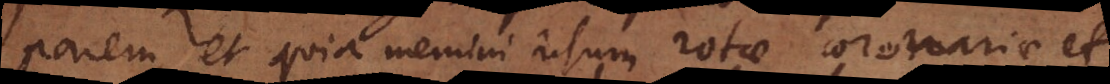
parem, et quia memini usum rotae coronariae et